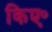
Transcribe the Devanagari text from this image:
किए॰